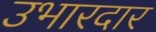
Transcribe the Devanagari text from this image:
उभारदार